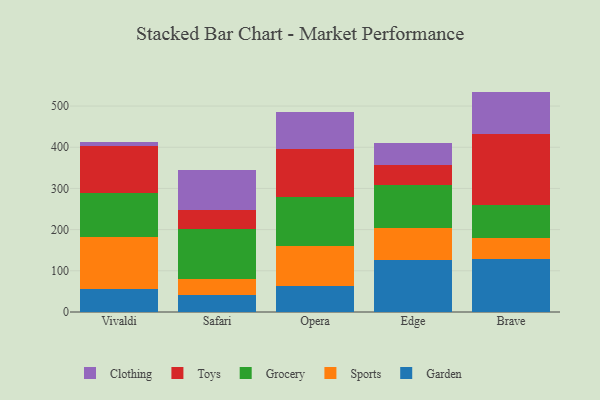
{"axis": {"x": "Browser", "y": "Budget (USD K)"}, "legend": ["Clothing", "Garden", "Grocery", "Sports", "Toys"], "data": [{"x": "Vivaldi", "y": 56.4, "type": "Garden"}, {"x": "Vivaldi", "y": 124.8, "type": "Sports"}, {"x": "Vivaldi", "y": 107.4, "type": "Grocery"}, {"x": "Vivaldi", "y": 115.0, "type": "Toys"}, {"x": "Vivaldi", "y": 9.7, "type": "Clothing"}, {"x": "Safari", "y": 40.9, "type": "Garden"}, {"x": "Safari", "y": 39.0, "type": "Sports"}, {"x": "Safari", "y": 121.9, "type": "Grocery"}, {"x": "Safari", "y": 46.9, "type": "Toys"}, {"x": "Safari", "y": 97.1, "type": "Clothing"}, {"x": "Opera", "y": 63.2, "type": "Garden"}, {"x": "Opera", "y": 97.9, "type": "Sports"}, {"x": "Opera", "y": 118.9, "type": "Grocery"}, {"x": "Opera", "y": 115.1, "type": "Toys"}, {"x": "Opera", "y": 91.3, "type": "Clothing"}, {"x": "Edge", "y": 126.4, "type": "Garden"}, {"x": "Edge", "y": 77.0, "type": "Sports"}, {"x": "Edge", "y": 104.2, "type": "Grocery"}, {"x": "Edge", "y": 49.2, "type": "Toys"}, {"x": "Edge", "y": 54.6, "type": "Clothing"}, {"x": "Brave", "y": 129.1, "type": "Garden"}, {"x": "Brave", "y": 50.2, "type": "Sports"}, {"x": "Brave", "y": 79.4, "type": "Grocery"}, {"x": "Brave", "y": 172.3, "type": "Toys"}, {"x": "Brave", "y": 104.1, "type": "Clothing"}]}